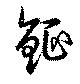
鉦